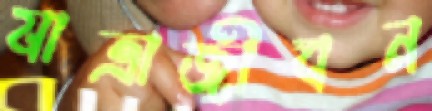
যাত্রাজীবন